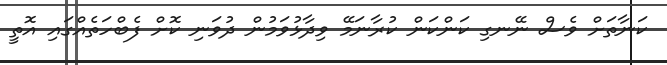
ކަނާތަށް ވެސް ނޭނގި ކަންކަން ކުރާނަމޭ ވިދާޅުވަމުން ދުވަނި ކޮށް ފެބްހަތެއްގައި އޮތީ